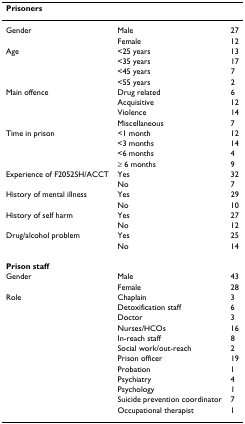
<table><thead><tr><td><b>Prisoners</b></td><td></td><td></td></tr></thead><tbody><tr><td>Gender</td><td>Male</td><td>27</td></tr><tr><td></td><td>Female</td><td>12</td></tr><tr><td>Age</td><td>&lt;25 years</td><td>13</td></tr><tr><td></td><td>&lt;35 years</td><td>17</td></tr><tr><td></td><td>&lt;45 years</td><td>7</td></tr><tr><td></td><td>&lt;55 years</td><td>2</td></tr><tr><td>Main offence</td><td>Drug related</td><td>6</td></tr><tr><td></td><td>Acquisitive</td><td>12</td></tr><tr><td></td><td>Violence</td><td>14</td></tr><tr><td></td><td>Miscellaneous</td><td>7</td></tr><tr><td>Time in prison</td><td>&lt;1 month</td><td>12</td></tr><tr><td></td><td>&lt;3 months</td><td>14</td></tr><tr><td></td><td>&lt;6 months</td><td>4</td></tr><tr><td></td><td>≥ 6 months</td><td>9</td></tr><tr><td>Experience of F2052SH/ACCT</td><td>Yes</td><td>32</td></tr><tr><td></td><td>No</td><td>7</td></tr><tr><td>History of mental illness</td><td>Yes</td><td>29</td></tr><tr><td></td><td>No</td><td>10</td></tr><tr><td>History of self harm</td><td>Yes</td><td>27</td></tr><tr><td></td><td>No</td><td>12</td></tr><tr><td>Drug/alcohol problem</td><td>Yes</td><td>25</td></tr><tr><td></td><td>No</td><td>14</td></tr><tr><td><b>Prison staff</b></td><td></td><td></td></tr><tr><td>Gender</td><td>Male</td><td>43</td></tr><tr><td></td><td>Female</td><td>28</td></tr><tr><td>Role</td><td>Chaplain</td><td>3</td></tr><tr><td></td><td>Detoxification staff</td><td>6</td></tr><tr><td></td><td>Doctor</td><td>3</td></tr><tr><td></td><td>Nurses/HCOs</td><td>16</td></tr><tr><td></td><td>In-reach staff</td><td>8</td></tr><tr><td></td><td>Social work/out-reach</td><td>2</td></tr><tr><td></td><td>Prison officer</td><td>19</td></tr><tr><td></td><td>Probation</td><td>1</td></tr><tr><td></td><td>Psychiatry</td><td>4</td></tr><tr><td></td><td>Psychology</td><td>1</td></tr><tr><td></td><td>Suicide prevention coordinator</td><td>7</td></tr><tr><td></td><td>Occupational therapist</td><td>1</td></tr></tbody></table>